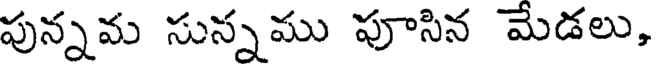
పున్నమ సున్నము పూసిన మేడలు,